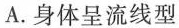
A.身体呈流线型